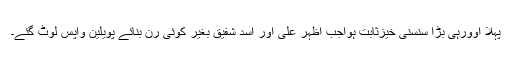
پہلا اوورہی بڑا سنسنی خیزثابت ہواجب اظہر علی اور اسد شفیق بغیر کوئی رن بنائے پویلین واپس لوٹ گئے۔